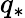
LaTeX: q_{*}